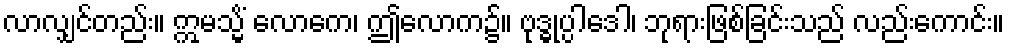
လာလျှင်တည်း။ ဣမသ္မိံ လောကေ၊ ဤလောက၌။ ဗုဒ္ဓုပ္ပါဒေါ၊ ဘုရားဖြစ်ခြင်းသည် လည်းကောင်း။